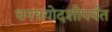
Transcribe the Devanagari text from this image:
धनत्रयोदशीपर्यंत